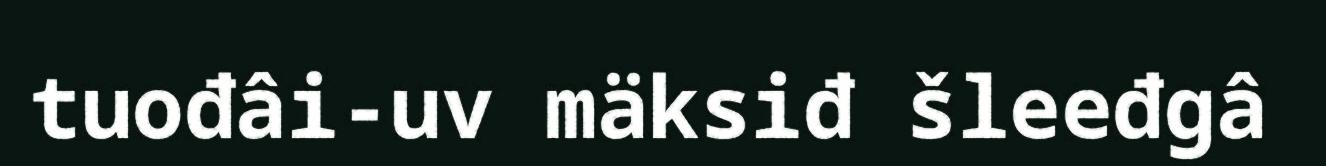
tuođâi-uv mäksiđ šleeđgâ